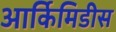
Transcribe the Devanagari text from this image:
आर्किमिडीस